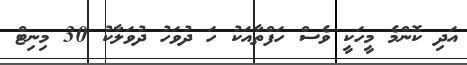
އަދި ކޮންމެ މީހަކީ ވެސް ހަފްތާއަކު ހަ ދުވަހު ދުވަލާކު 30 މިނިޓް